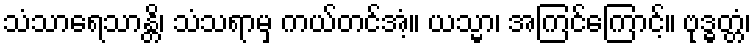
သံသာရေသာန္တိ၊ သံသရာမှ ကယ်တင်အံ့။ ယသ္မာ၊ အကြင်ကြောင့်။ ဗုဒ္ဓတ္တံ၊